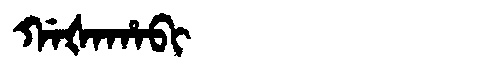
Manchu: ᡤᠠᡧᠠᡥᠠᠪᡳ
Romanization: GAŠAHABI